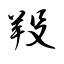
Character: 羖